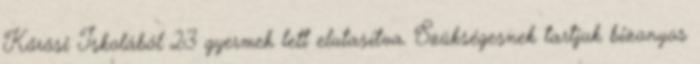
Kőrösi Iskolából 23 gyermek lett elutasítva. Szükségesnek tartjuk bizonyos